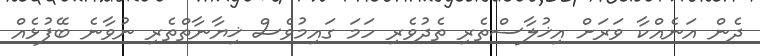
ދެން އަނެއްކާ ވަރަށް އިޚުލާސްތެރި ތެދުވެރި ހަމަ ގައިމުވެސް ޚިޔާނާތްތެރި ނުވާނެ ބޭފުޅެއް